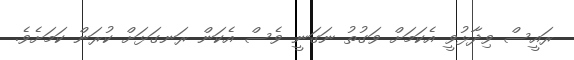
ރައީސް ވިދާޅުވީ އެކަމަށް ވަގުތު ނަގަނީ ވެސް އެކަން ރަނގަޅަށް ކުރަން ކަމަށެވެ.